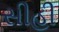
સીહી